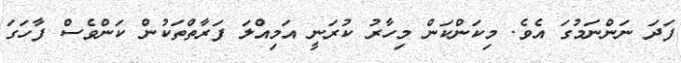
ފަދަ ނަންނަމުގަ އެވެ. މިކަންކަން މިހާރު ކުރަނީ އަމިއްލަ ފަރާތްތަކުން ކަންވެސް ފާހަގަ